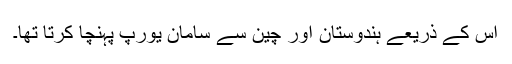
اس کے ذریعے ہندوستان اور چین سے سامان یورپ پہنچا کرتا تھا۔